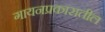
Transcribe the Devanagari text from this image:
गायनप्रकारातील